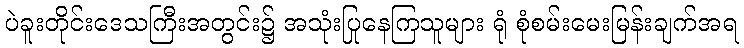
ပဲခူးတိုင်းဒေသကြီးအတွင်း၌ အသုံးပြုနေကြသူများ ရုံ စုံစမ်းမေးမြန်းချက်အရ